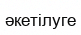
әкетілуге